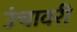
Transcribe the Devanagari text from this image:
उंचावरी